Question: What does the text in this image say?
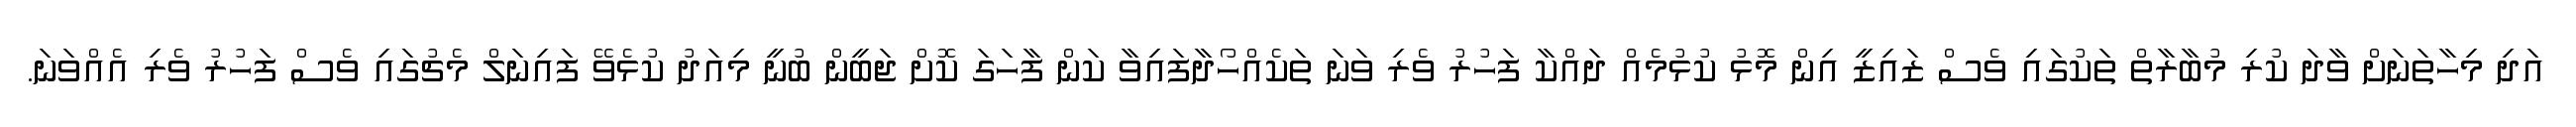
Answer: އަދި މިހާތަނަށް ވާދަ ކުރި މުބާރާތް ތަކުގައި ވެސް ޒައިޒީ އިން މޮޅު ކުޅުމެއް ދައްކާ ފަހުރު ވެރި ވަނަ ތަކެއްހޯދާފައިވާ ކަން ފާހަގަ ކޮށް ޖަބީން ބުނީ މިއަދު ކުޅެވޭ ފައިނަލް މެޗުގައި ވެސް ފަހުރު ވެރި އެއްވަނަ.